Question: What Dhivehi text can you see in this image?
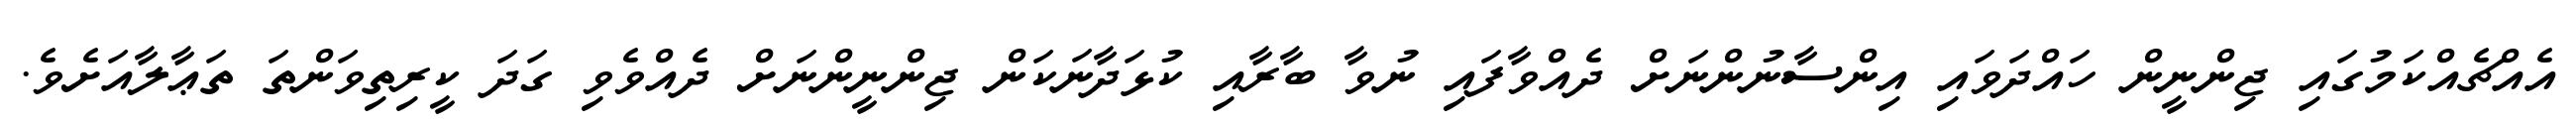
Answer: އެއްޗެއްކަމުގައި ޖިންނީން ހައްދަވައި އިންސާނުންނަށް ދެއްވާފައި ނުވާ ބާރާއި ކުޅަދާނަކަން ޖިންނީންނަށް ދެއްވެވި ގަދަ ކީރިތިވަންތަ ތަޢާލާއަށެވެ.